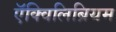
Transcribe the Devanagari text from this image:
ऍक्विलिब्रियम